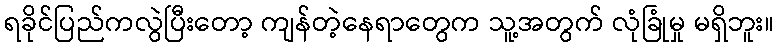
ရခိုင်ပြည်ကလွဲပြီးတော့ ကျန်တဲ့နေရာတွေက သူ့အတွက် လုံခြုံမှု မရှိဘူး။